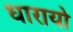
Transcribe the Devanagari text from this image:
धारायो